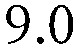
9.0